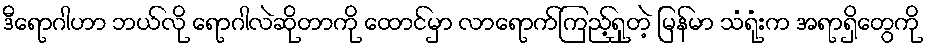
ဒီရောဂါဟာ ဘယ်လို ရောဂါလဲဆိုတာကို ထောင်မှာ လာရောက်ကြည့်ရှုတဲ့ မြန်မာ သံရုံးက အရာရှိတွေကို